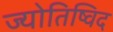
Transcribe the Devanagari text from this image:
ज्योतिष्विद